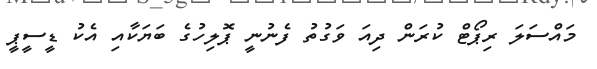
މައްސަލަ ރިޕޯޓް ކުރަން ދިއަ ވަގުތު ފެނުނީ ޕޮލިހުގެ ބަޔަކާއި އެކު ޑީސީޕީ